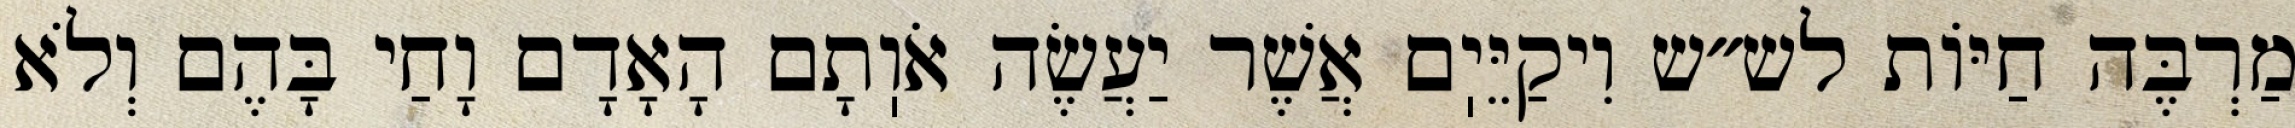
מַרְבֶּה חַיּוֹת לש״ש וִיקַיֵּיֽם אֲשֶׁר יַעֲשֶׂה אֹוֽתָם הָאָדָם וָחַי בָּהֶם וְלֹא